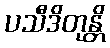
ပသီဒိတုန္တိ